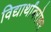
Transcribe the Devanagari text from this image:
विद्यार्थांबरोबर